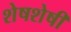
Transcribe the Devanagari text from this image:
शेषशेषी